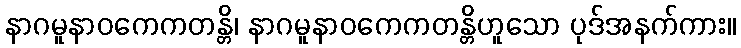
နာဂမူနာဝကေကတန္တိ၊ နာဂမူနာဝကေကတန္တိဟူသော ပုဒ်အနက်ကား။